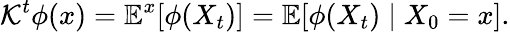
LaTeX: \mathcal{K}^{t}\phi(x)=\mathbb{E}^{x}[\phi(X_{t})]=\mathbb{E}[\phi(X_{t})\mid X_{0}=x].